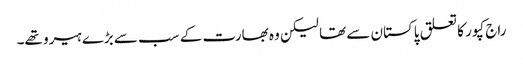
راج کپور کا تعلق پاکستان سے تھا لیکن وہ بھارت کے سب سے بڑے ہیرو تھے۔